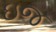
ઇજ